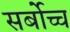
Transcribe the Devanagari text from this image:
सर्बोच्च